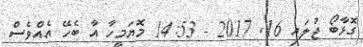
ގޮޅާބޯ ޖުލައި 16